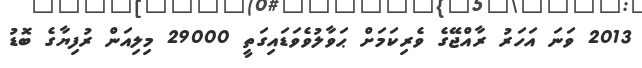
2013 ވަނަ އަހަރު ރާއްޖޭގެ ވެރިކަމަށް ޙަވާލުވެވަޑައިގަތީ 29000 މިލިއަން ރުފިޔާގެ ބޮޑު